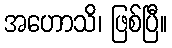
အဟောသိ၊ ဖြစ်ပြီ။